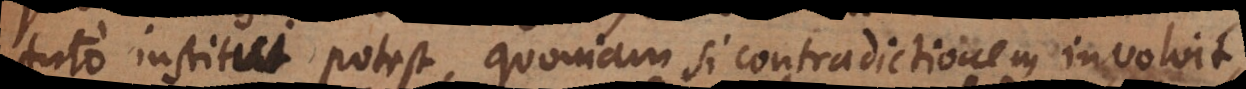
tuto institui potest, quoniam si contradictionem involvit,